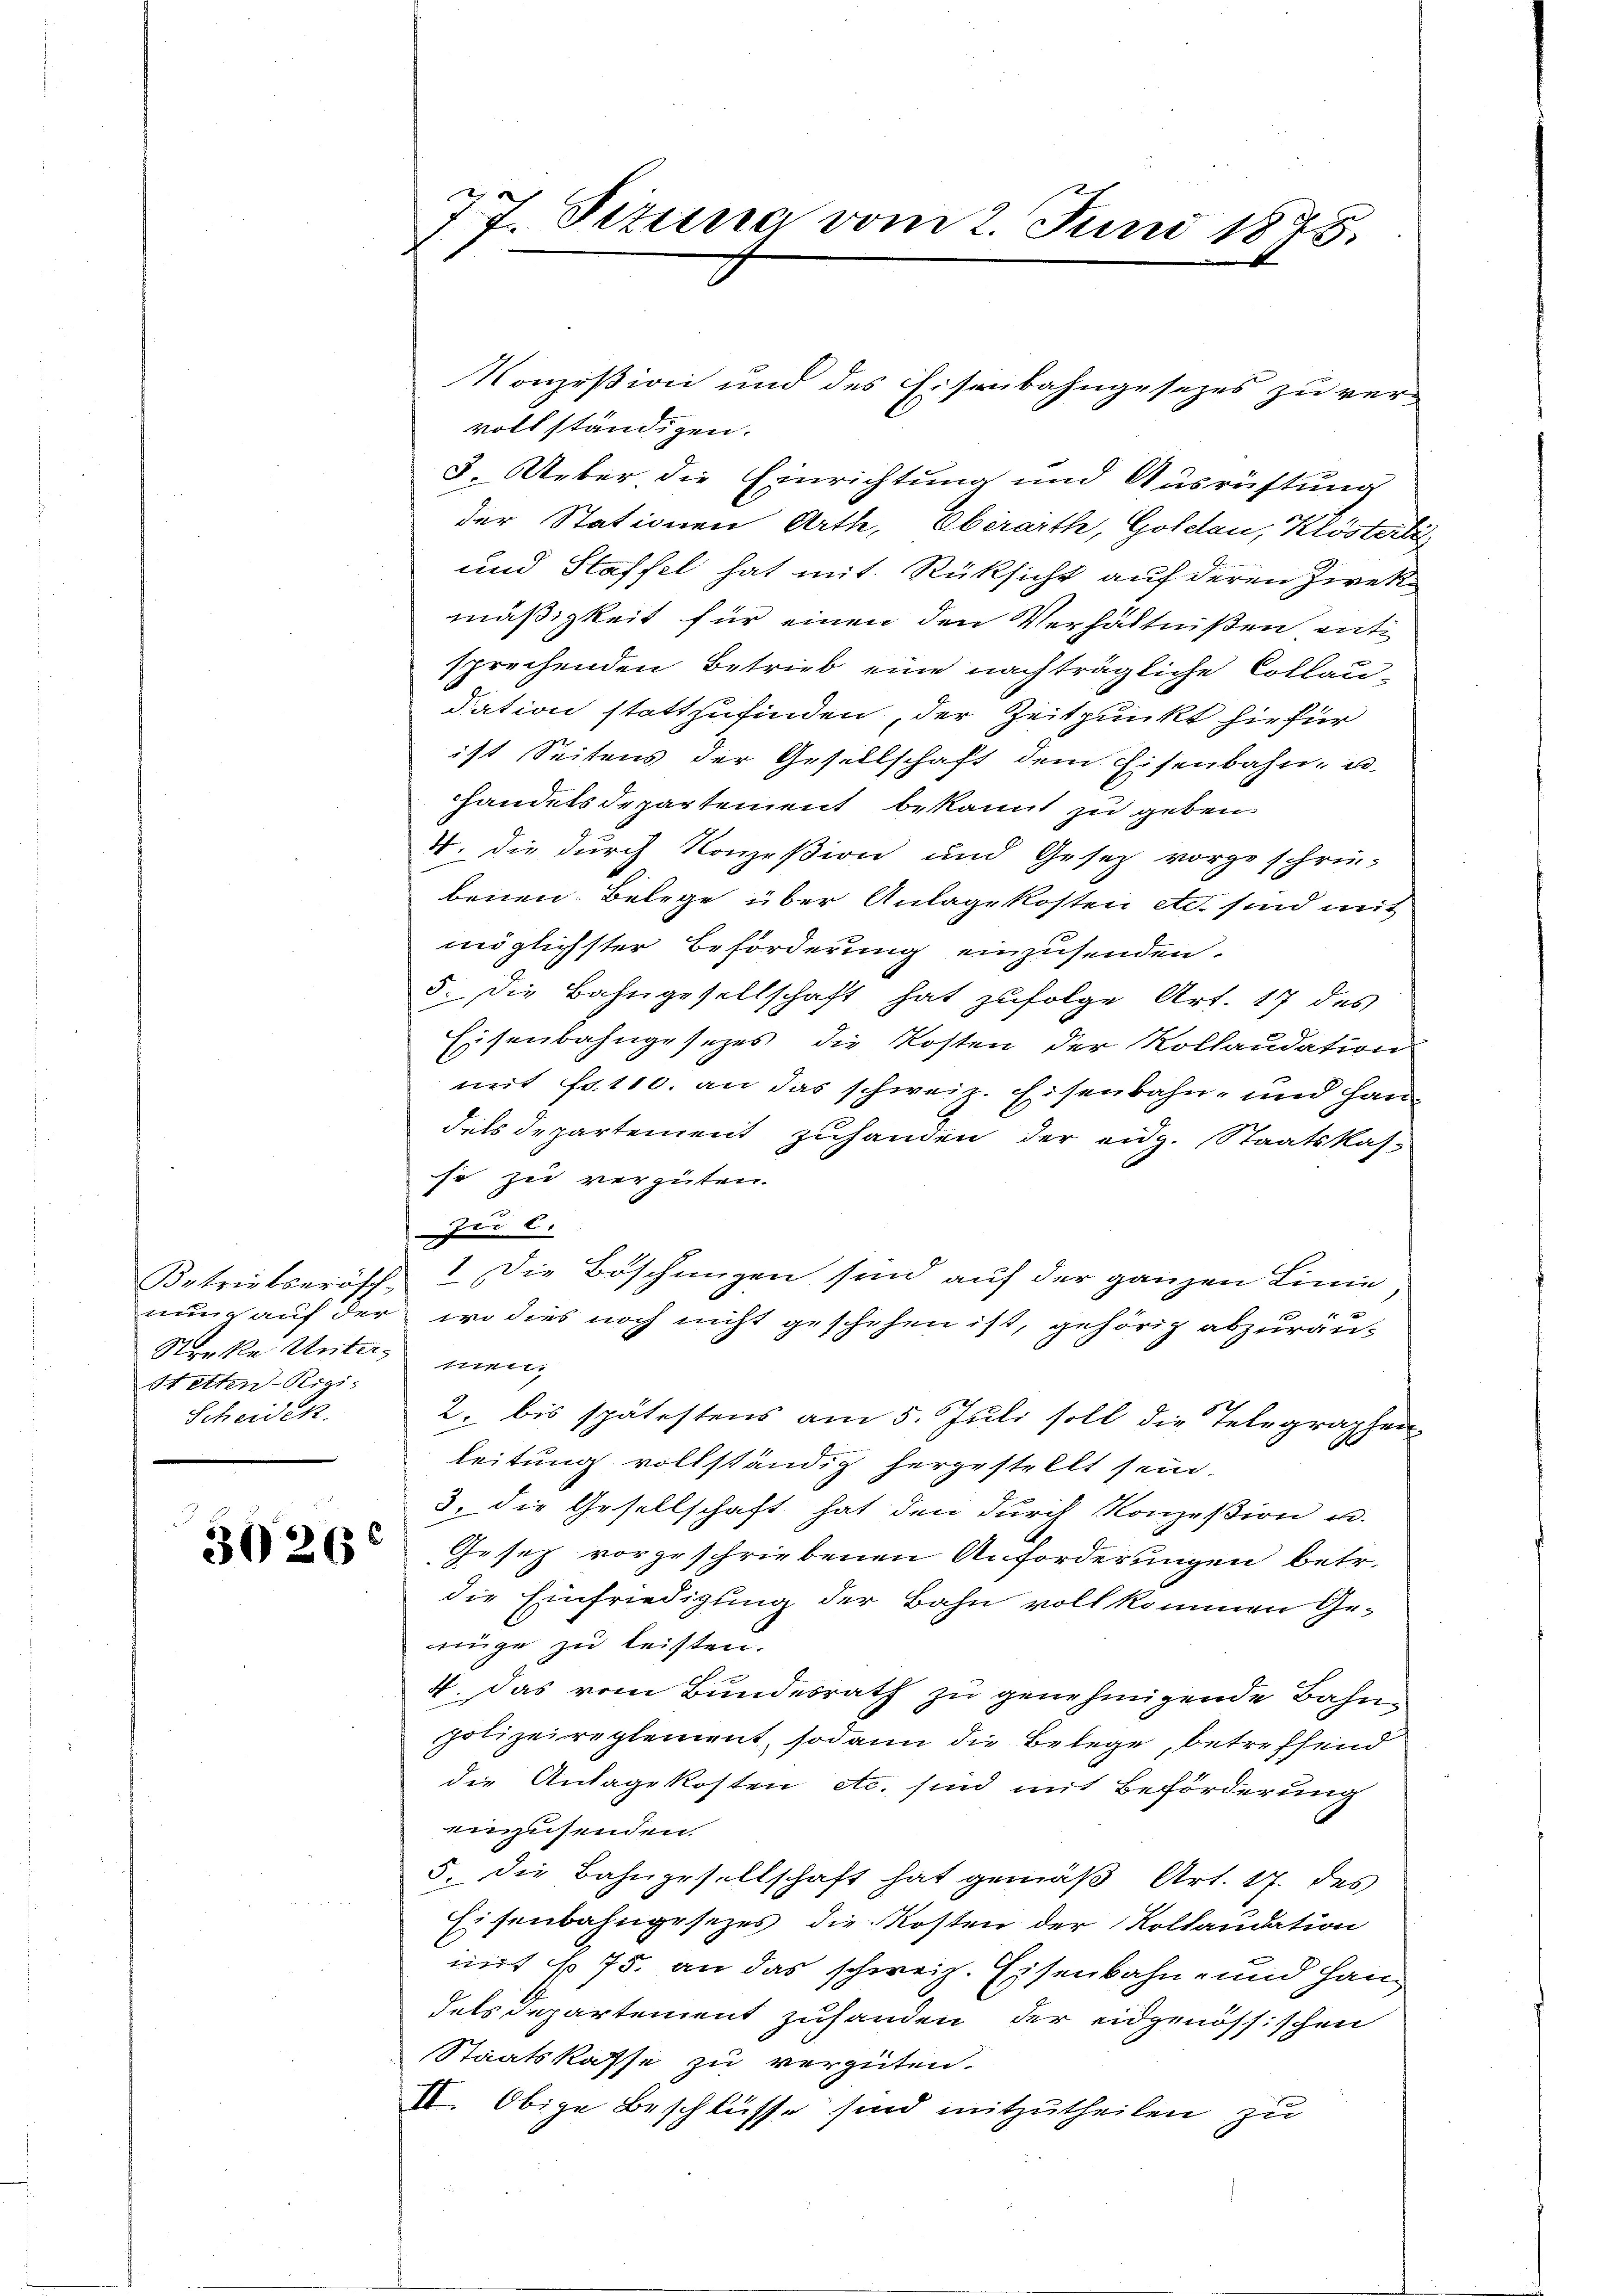
Streke Unter mein
Stetten-Rizi¬
Scheiden.

30260

vollständigen.
3. Ueber die Einrichtung und Ausrüstung
der Stationen Arth, Oberaith, Gollau, Klösterli
und Staffel hat mit Rüksicht auf deren Zwekmäßigkeit für einen den Verhältnißen, ent
sprechenden Betrieb eine nachträgliche Collaudation stattzufinden, der Zeitpunkt hiefür
ist Seitens der Gesellschaft dem Eisenbahn- u.
handelsdepartement bekannt zu geben.
4. die durch Konzeßion und Gesetz vorgeschrie-
benen Belege über Anlage kosten etc. sind mit
möglichster Beförderung einzusenden.
5. die Bahngesellschaft hat zŭfolge Art. 17 des
Eisenbahngesetzes die Kosten der Kollaudation
mit Fr. 110. an das schweiz. Eisenbahn- und Handels departement zuhanden der eidg. Staatskasso zu vergüten.
zu c.
Betriebserösch, die Böschungen sind auf der ganzen Linie,
nung auf der wo dies noch nicht geschehen ist, gehörig abzuräu¬
2. bis spätestens am 5. Juli soll die Telegraphen-
leitung vollständig hergestellt sein.
3. die Gesellschaft hat den durch Konzesion u.
Gesetz vorgeschriebenen Anforderungen betr.
die Einfriedigung der Bahn voll kommen Genüge zu leisten.
4. Das vom Bundesrath zu genehmigende Bahnpolizeireglement, sodann die Belege, betreffend
die Anlagekosten etc. sind mit Beförderung
einzusenden.
5. die Bahngesellschaft hat gemäβ Art. 17. des
Eisenbahngesezes die Kosten der Kollaudation
mirt so 75. an das schweiz. Eisenbahn- und Han
dels Departement zuhanden der eidgenössischen
Staatskasse zu vergüten.
II. Obige Beschlüsse sind mitzutheilen zu

77. Sizung vom 2. Juni 1875.

Konzißion und des Eisenbahngesetzes zu ver¬